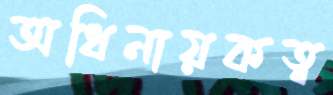
অধিনায়কত্ব